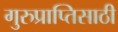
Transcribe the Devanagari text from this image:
गुरुप्राप्तिसाठी